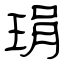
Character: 琄